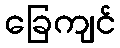
ခြေကျင်